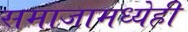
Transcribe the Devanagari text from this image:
समाजामध्येही